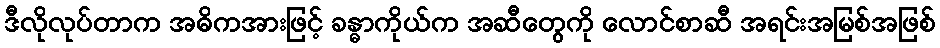
ဒီလိုလုပ်တာက အဓိကအားဖြင့် ခန္ဓာကိုယ်က အဆီတွေကို လောင်စာဆီ အရင်းအမြစ်အဖြစ်